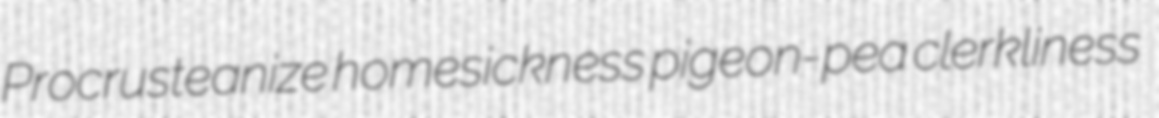
Procrusteanize homesickness pigeon-pea clerkliness